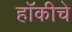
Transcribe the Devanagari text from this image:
हाॅकीचे